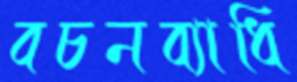
বচনব্যাধি